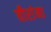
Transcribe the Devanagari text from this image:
वीरांना